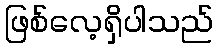
ဖြစ်လေ့ရှိပါသည်